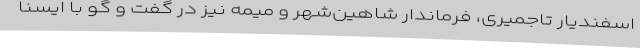
اسفندیار تاجمیری، فرماندار شاهین‌شهر و میمه نیز در گفت و گو با ایسنا